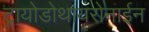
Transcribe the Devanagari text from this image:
ट्रायोडोथायरोनाईन